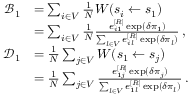
\begin{array} { r l } { \mathcal { B } _ { 1 } } & { = \sum _ { i \in V } \frac { 1 } { N } W ( s _ { i } \gets s _ { 1 } ) } \\ & { = \sum _ { i \in V } \frac { 1 } { N } \frac { e _ { i 1 } ^ { [ R ] } \exp ( \delta \pi _ { 1 } ) } { \sum _ { l \in V } e _ { i l } ^ { [ R ] } \exp ( \delta \pi _ { l } ) } \, , } \\ { \mathcal { D } _ { 1 } } & { = \frac { 1 } { N } \sum _ { j \in V } W ( s _ { 1 } \gets s _ { j } ) } \\ & { = \frac { 1 } { N } \sum _ { j \in V } \frac { e _ { 1 j } ^ { [ R ] } \exp ( \delta \pi _ { j } ) } { \sum _ { l \in V } e _ { 1 l } ^ { [ R ] } \exp ( \delta \pi _ { l } ) } \, . } \end{array}